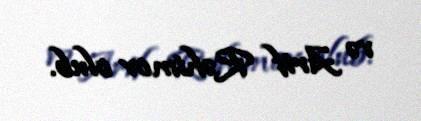
və Arif Rəhimov olub.